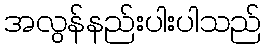
အလွန်နည်းပါးပါသည်